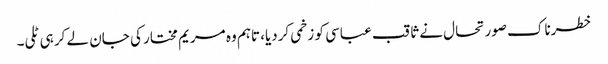
خطرناک صورتحال نے ثاقب عباسی کو زخمی کردیا، تاہم وہ مریم مختار کی جان لے کر ہی ٹلی۔